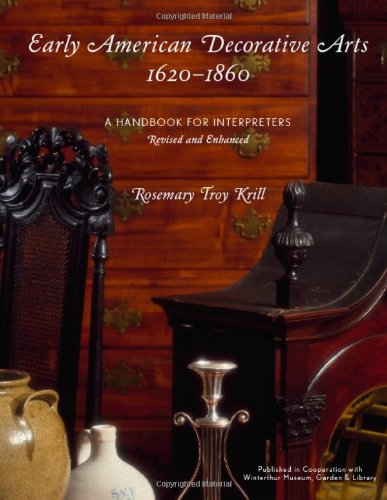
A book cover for Early American Decorative Arts, 1620-1860: A Handbook for Interpreters (American Association for State and Local History); Rosemary Troy Krill; Business & Money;